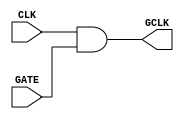
module ClockGating (
    input wire CLK,          // Main clock signal
    input wire GATE,        // Control signal for gating
    output wire GCLK        // Gated clock signal
);

// Clock Gating Logic: GCLK is the result of CLK AND GATE
assign GCLK = CLK & GATE;

endmodule